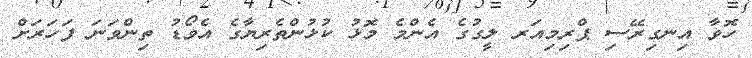
ހޮވާ އިނގިރޭސި ޕްރިމިއަރ ލީގުގެ އެންމެ މޮޅު ކުޅުންތެރިޔާގެ އެވޯޑު ތިންވަނަ ފަހަރަށް